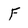
Character: F